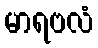
မာရဗလံ